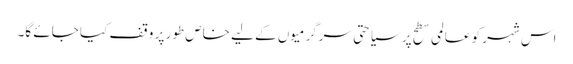
اس شہر کو عالمی سطح پر سیاحتی سرگرمیوں کے لیے خاص طور پر وقف کیا جائے گا۔